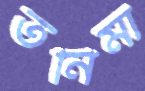
তনিমা